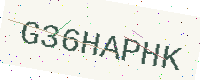
Text: G36HAPHK